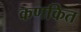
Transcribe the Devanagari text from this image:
कणकित